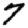
Digit: 7